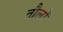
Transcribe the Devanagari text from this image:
तौलों